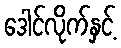
ဒေါင်လိုက်နှင့်